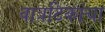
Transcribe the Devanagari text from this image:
वात्रटिकांचा